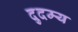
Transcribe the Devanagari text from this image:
दुदम्य